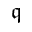
\mathfrak { q }